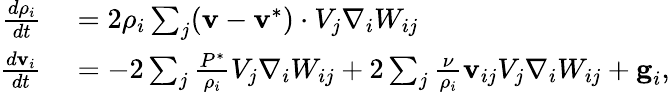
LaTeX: \begin{array}{rl}{\frac{d\rho_{i}}{dt}}&{{}=2{\rho_{i}}\sum_{j}(\textbf{v}-\textbf{v}^{*})\cdot V_{j}\nabla_{i}W_{ij}}\\ {\frac{d\textbf{v}_{i}}{dt}}&{{}=-2\sum_{j}\frac{{P}^{*}}{\rho_{i}}V_{j}\nabla_{i}W_{ij}+2\sum_{j}\frac{\nu}{\rho_{i}}\textbf{v}_{ij}V_{j}\nabla_{i}W_{ij}+\textbf{g}_{i},}\end{array}